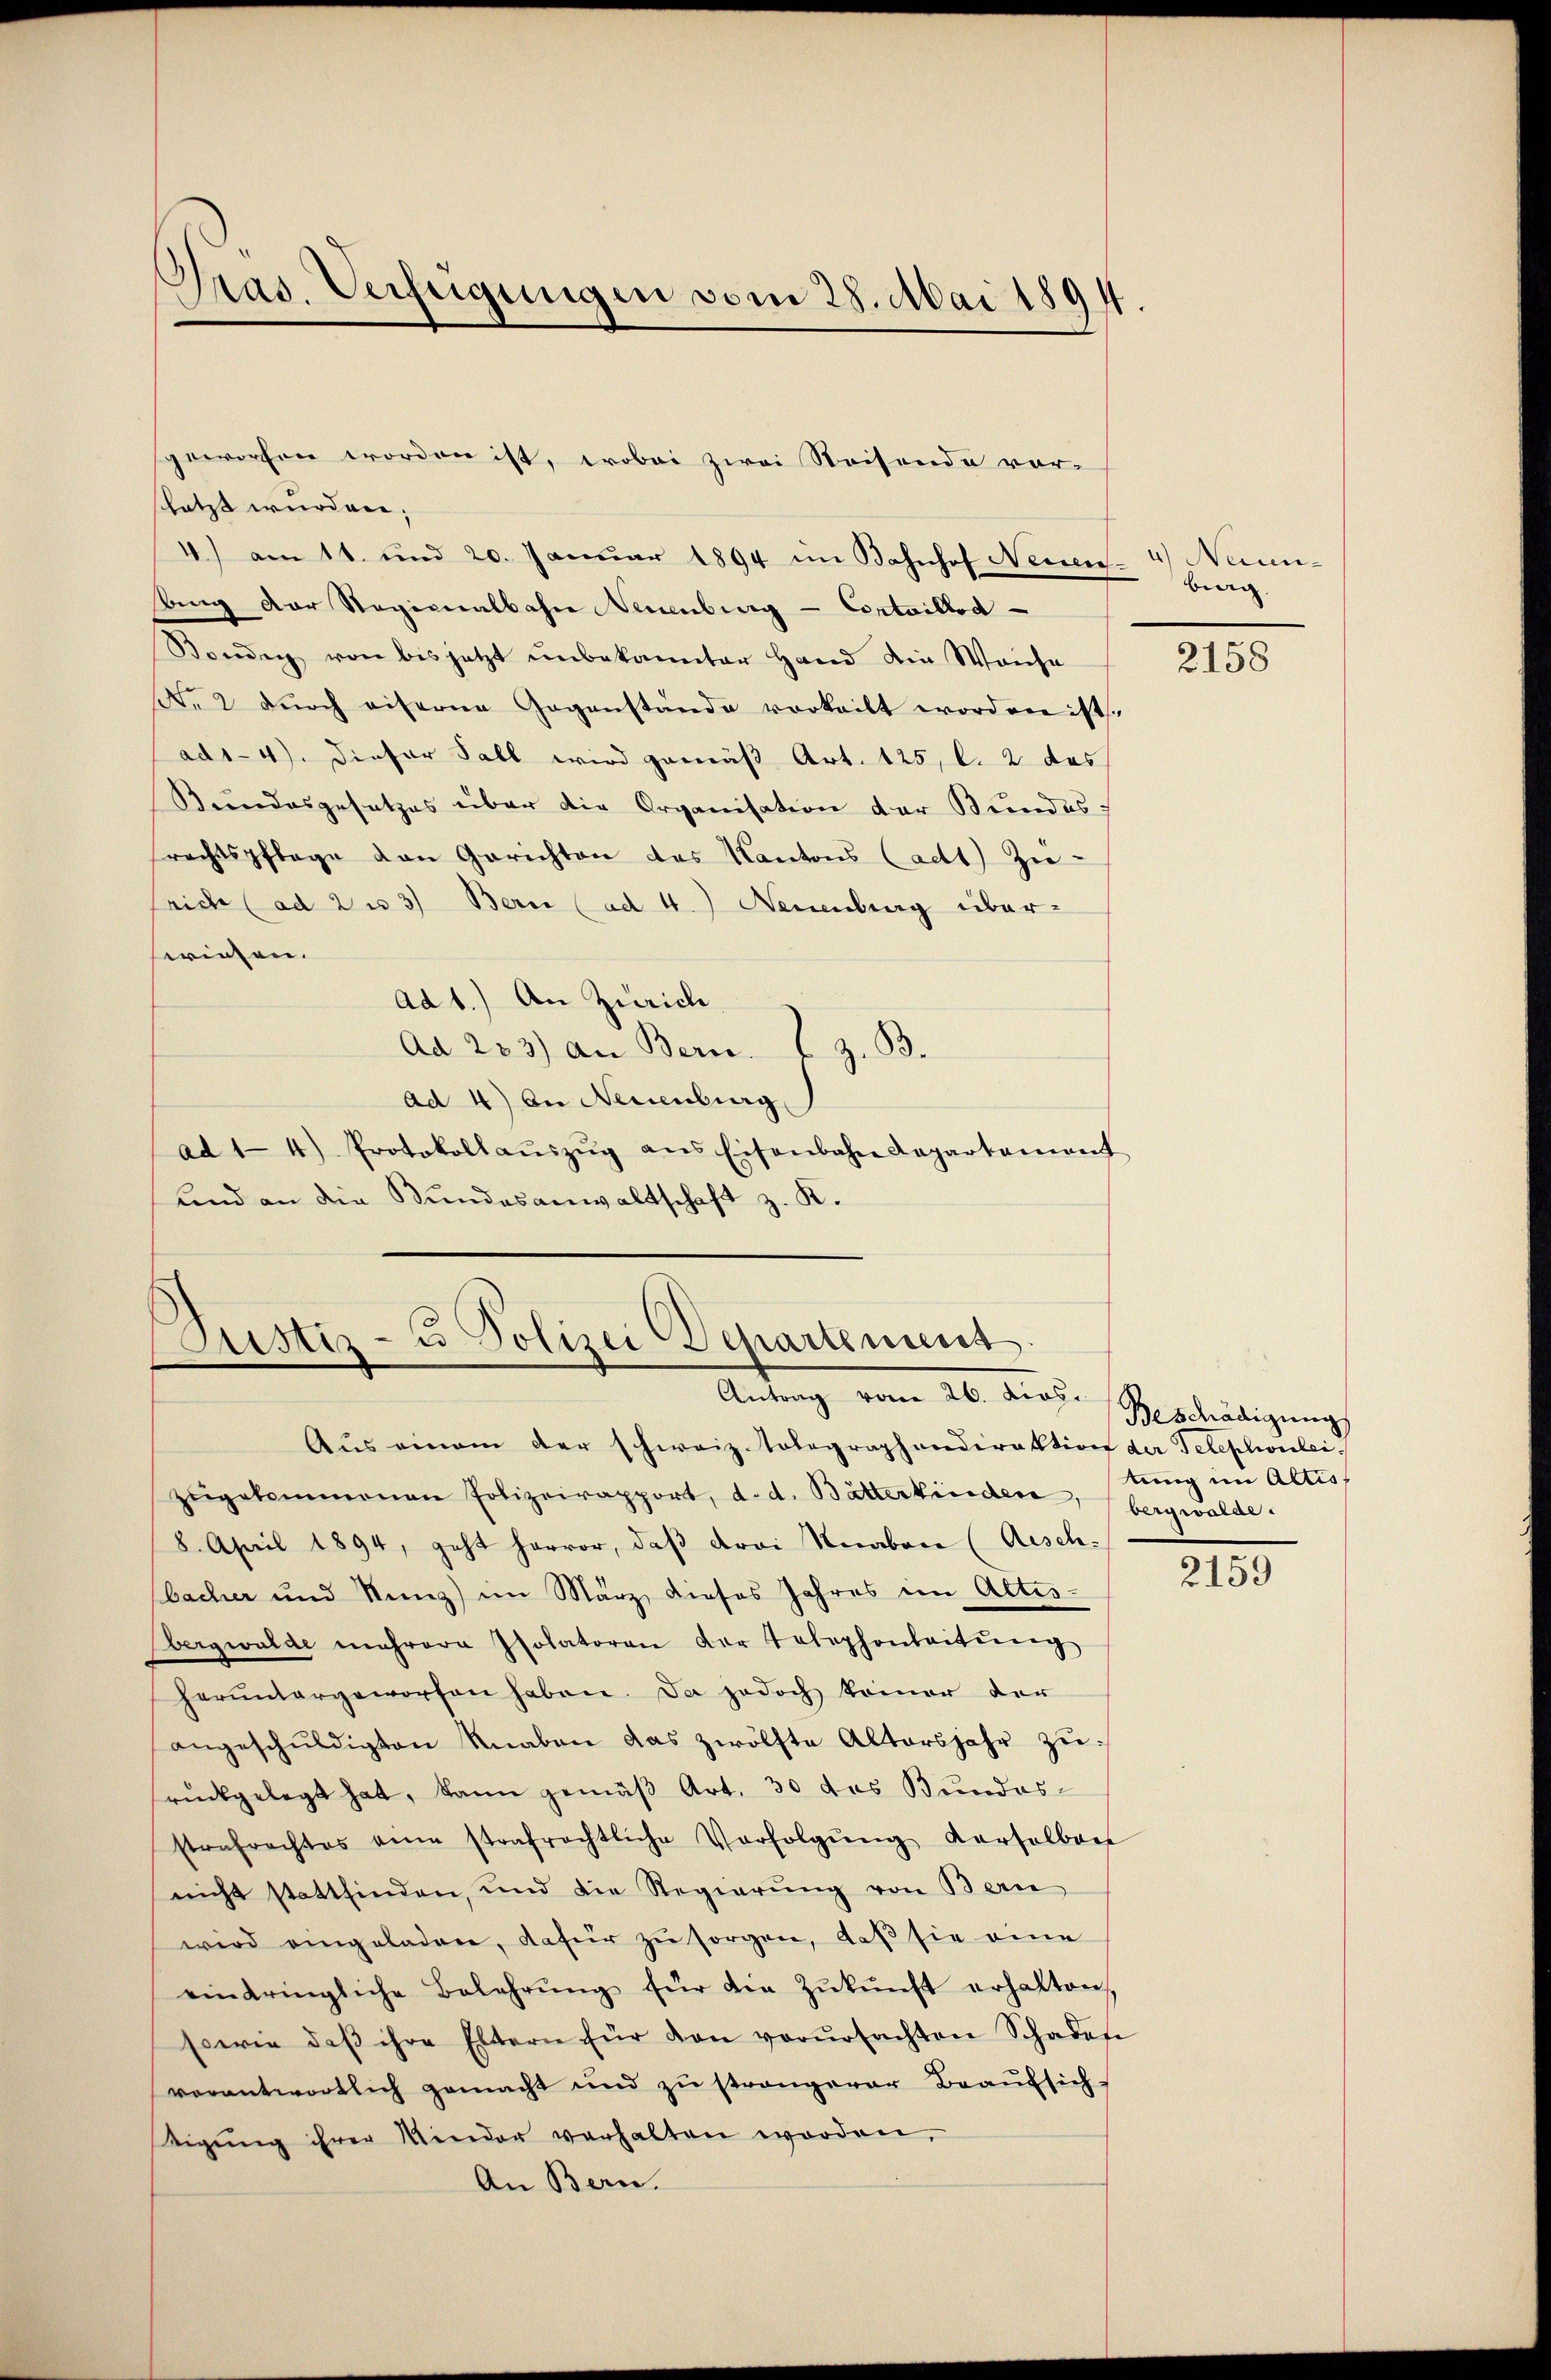
Gras. Verfügungen vom 28. Mai 1894

shätzt wurden;
4) am 11. und 20. Januar 1894 im Bahnhof Neuen- 4) Neuenang der Ragionalbahn Neuenburg - Cortaillod
Sonden von bis jetzt unbekannter Hand die Weiche
A. 2 dŭrch eiserne Gegenstände vorteilt worden ist.
ad14). Dieser Fall wird gemäß Art. 125, l. 2 das
Rundesgesetzes über die Organisation der Bundes
rechtspflege den Gerichten des Kantons Cadt) zu-
rich (ad 2 u 3) Bern (ad 4.) Neuenburg über-
seringen.
ad 1.) An Zürich
Ad 233) an Bern. l. z. B.
ad 4) In Neuenburg
ad 14) Protokoll aŭszŭg ans Eisenbahn Caparkament
und an die Bundesanwaltschaft z. K.

geworfen worden ist, wobei zwei Reisende vor¬

Justiz- u Polizei Departement
Antrag vom 26. dies.

burg

Aus einem der schweiz. Tolographendirektion der Telephonleizŭgekommenen Polizeirapport, d. d. Bätterkinden, bergwolde.
8. April 1894, geht hervor, daß drei Knaben (Aisch-
bacher und Runz) im März, dieses Jahres im Altes-
Obergwalde mehrere Isolatoren der Telephonleitŭng
herŭntergeworfen haben. Da jedoch keiner der
angeschŭldigten Knaben das zwölfte Altersjahr zu:
srückgelegt hat, kann gemäß Art. 30 des Bundesstrafrechtes eine strafrechtliche Verfolgŭng derselben
nicht stattfinden, und die Regierŭng von Bern
wird eingeladen, dafür zŭ sorgen, daβ sie eine
eindringliche Belehrŭng für die Zŭkŭnft erhalten,
sowie daβ ihre Eltern für den verŭrsachten Schadene
verantwortlich gemacht und zu strengerer Beaufsich
tigŭng ihrer Minder verhalten worden,
An Bern.

2158

Beschädigung
tung im Altis

2159